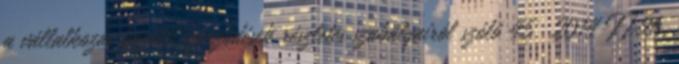
a vállalkozás közötti szerződések részletes szabályairól szóló 45 2014 II.26.